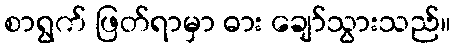
စာရွက် ဖြတ်ရာမှာ ဓား ချော်သွားသည်။